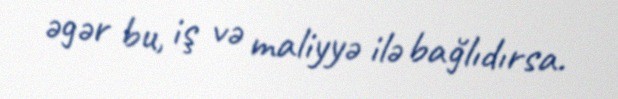
əgər bu, iş və maliyyə ilə bağlıdırsa.